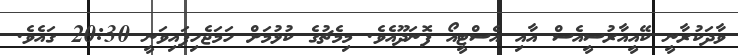
ވާދަކުރާނީ ކޭއީއާރުސީއެސް އާއި އެސްޓީއޯ ފޮނަދޫއެވެ. މިމެޗުގެ ކުޅުމަށް ހަމަޖެހިފައިވަނީ 20:30 ގައެވެ.